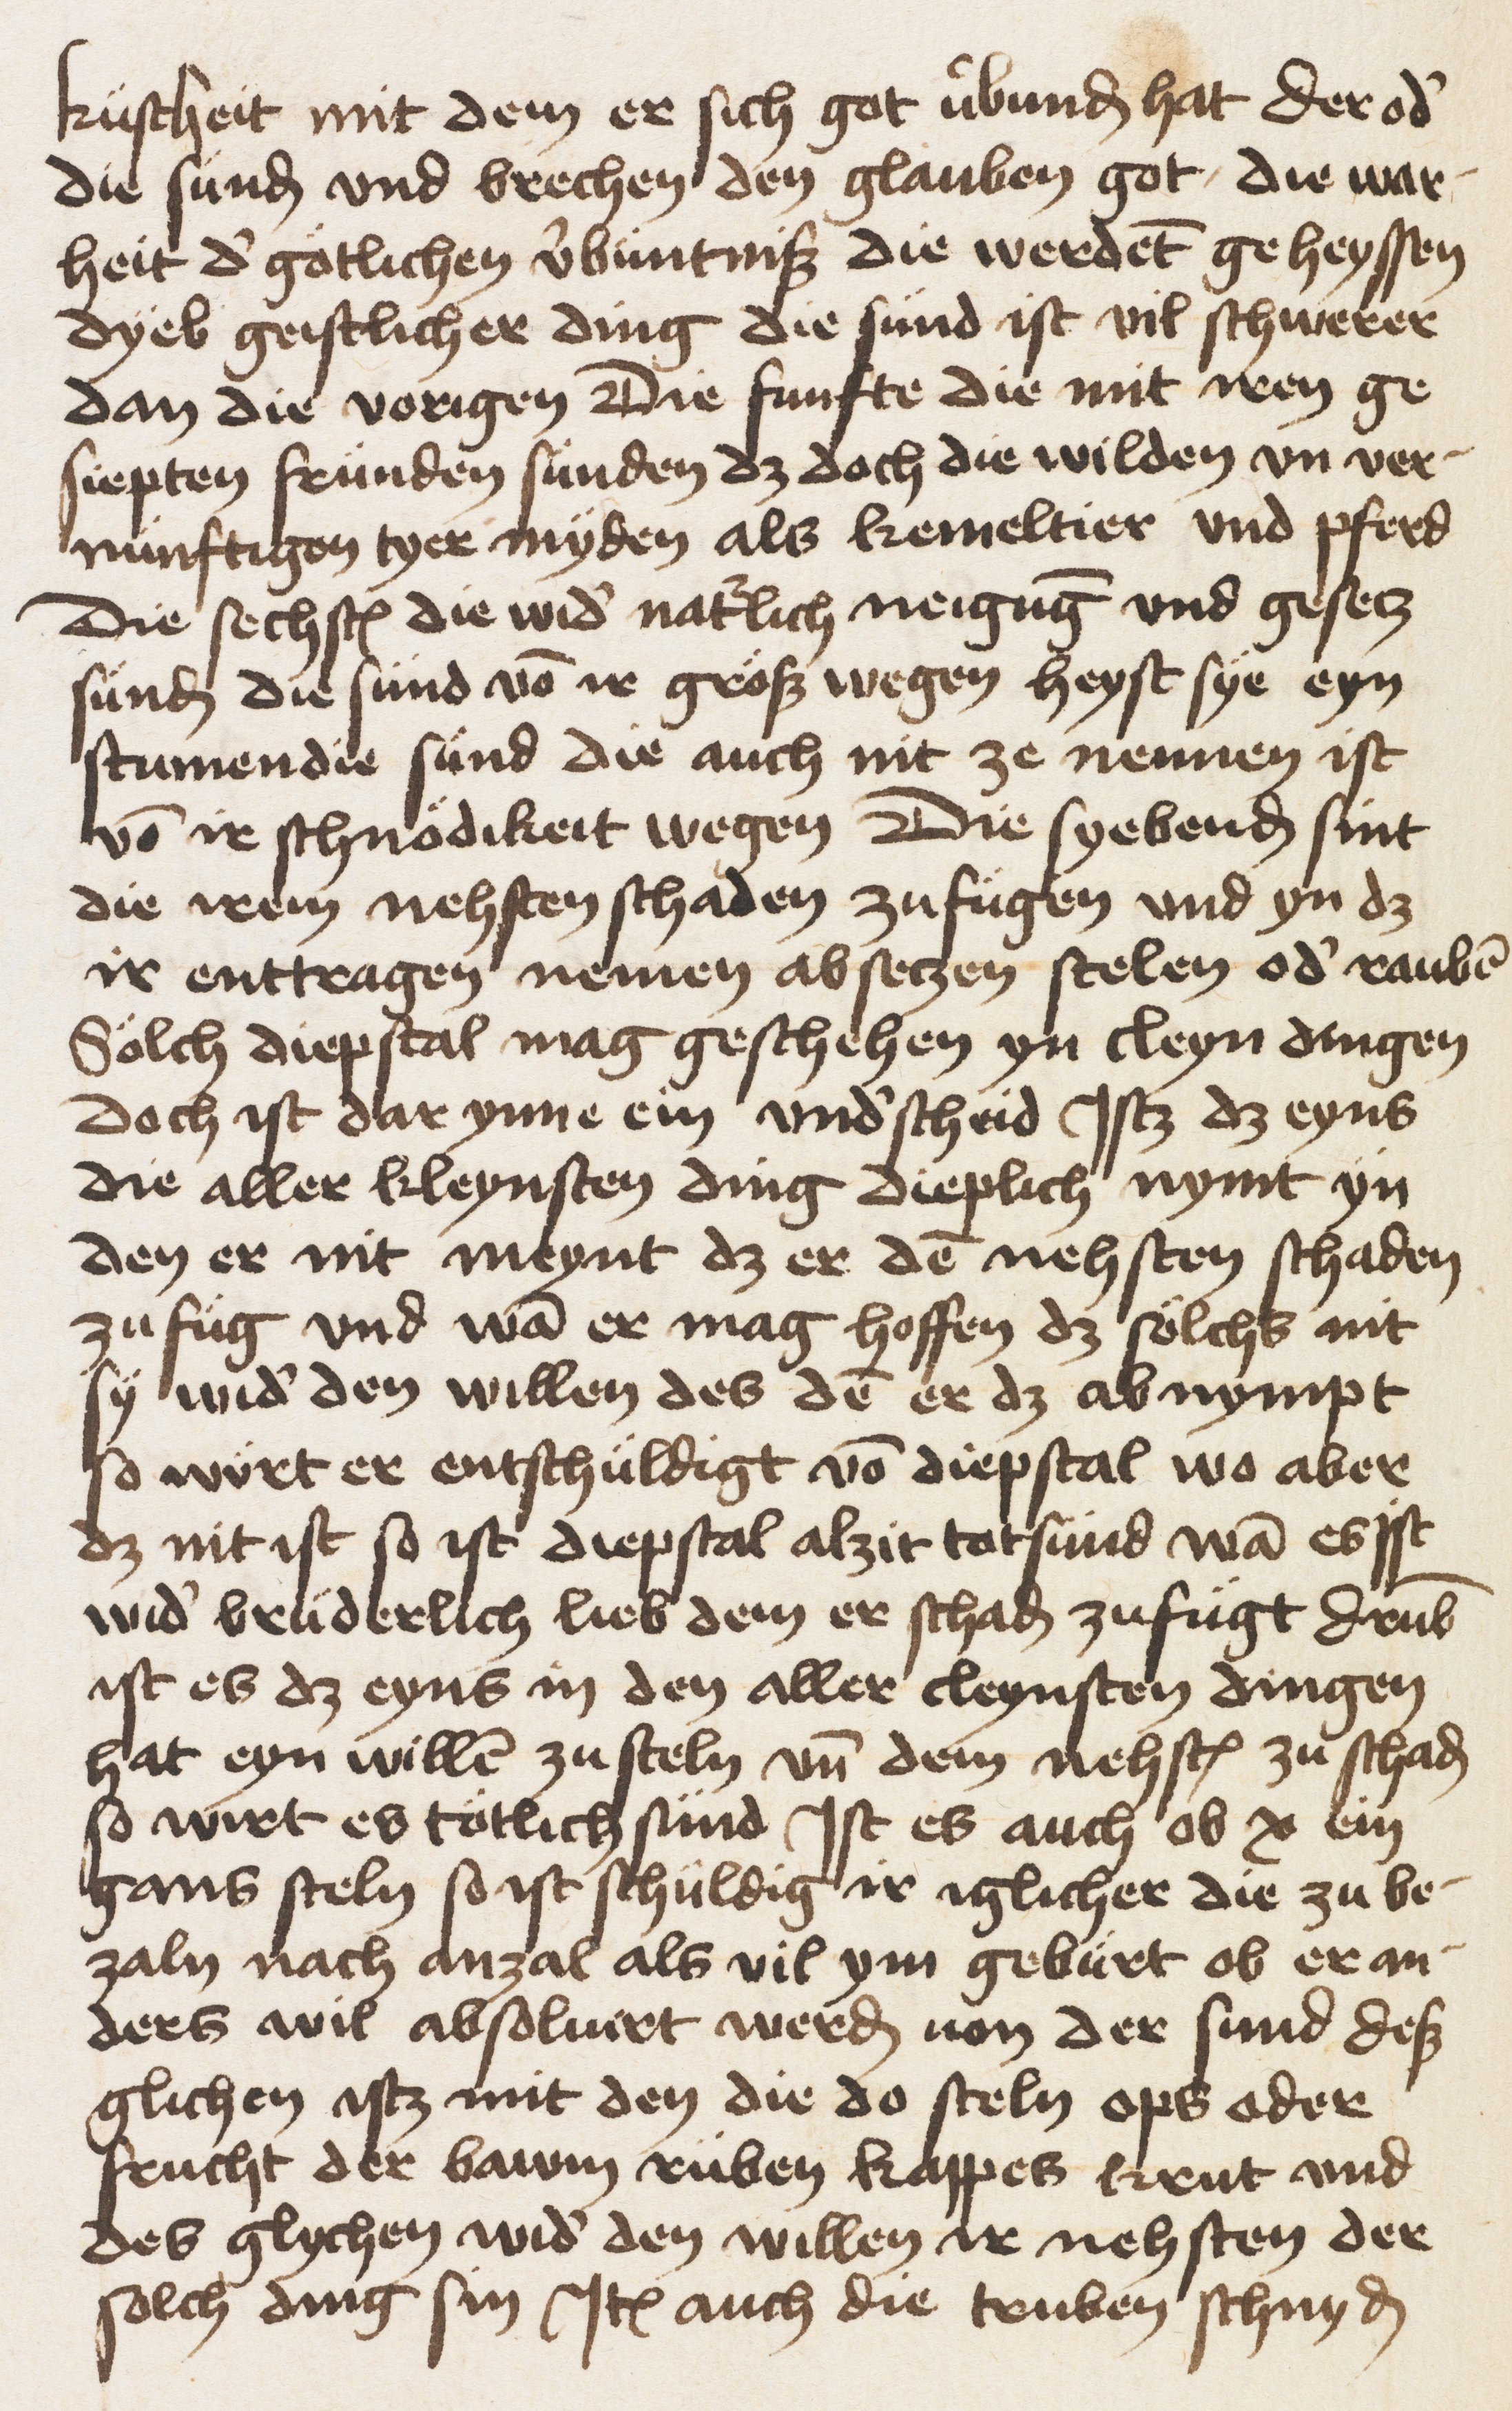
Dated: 1453–1453